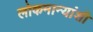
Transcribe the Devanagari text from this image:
लोकमान्यांशी